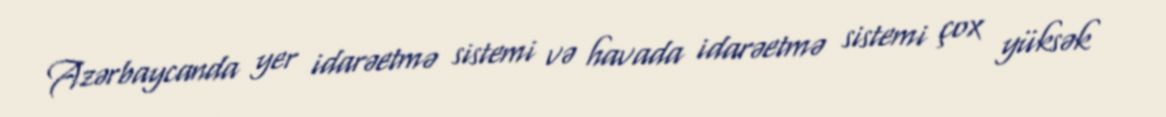
Azərbaycanda yer idarəetmə sistemi və havada idarəetmə sistemi çox yüksək